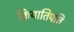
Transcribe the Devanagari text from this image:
क्रियातिपत्ति